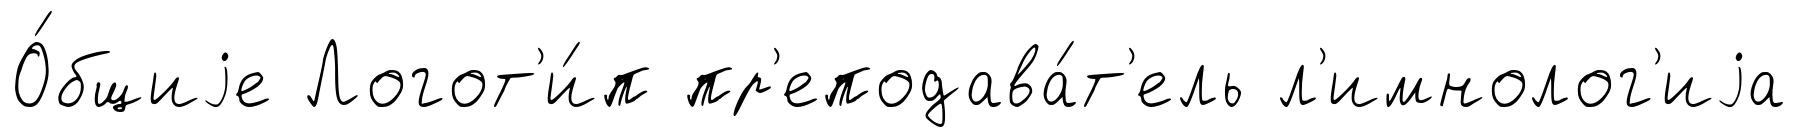
О́бщиjе Логот'и́п пр'еподава́т'ель л'имнолог'иjа